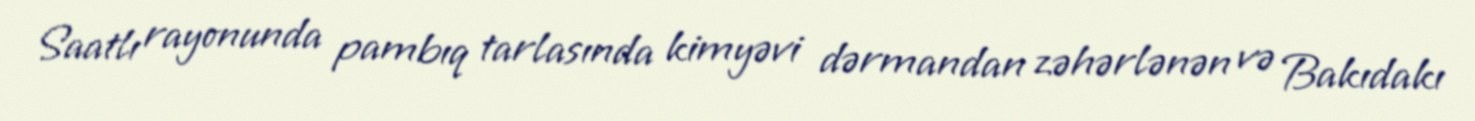
Saatlı rayonunda pambıq tarlasında kimyəvi dərmandan zəhərlənən və Bakıdakı